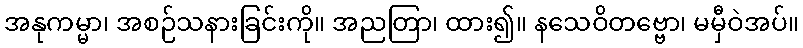
အနုကမ္မာ၊ အစဉ်သနားခြင်းကို။ အညတြာ၊ ထား၍။ နသေဝိတဗ္ဗော၊ မမှီဝဲအပ်။